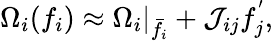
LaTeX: \Omega_{i}(f_{i})\approx\Omega_{i}\rvert_{\bar{f}_{i}}+\mathcal{J}_{ij}f_{j}^{'},